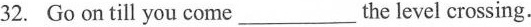
32. Go on till you come ___ the level crossing.